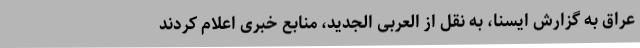
عراق به گزارش ایسنا، به نقل از العربی الجدید، منابع خبری اعلام کردند